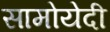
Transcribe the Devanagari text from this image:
सामोयेदी